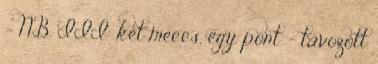
- NB III: két meccs, egy pont – távozott